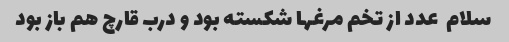
سلام  عدد از تخم مرغها شکسته بود و درب قارچ هم باز بود